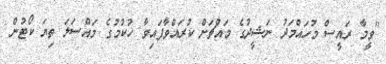
"ވީމާ ރައީސް މުހައްމަދު ނަޝީދުގެ މައްޗަށް ކުރައްވާފައިވާ ހުކުމުގެ މައްސަލަ ތިޔަ ކޯޓުން